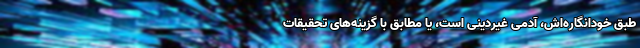
طبق خودانگاره‌اش، آدمی غیردینی است، یا مطابق با گزینه‌های تحقیقاتِ